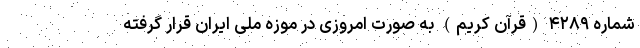
شماره ۴۲۸۹ (قرآن کریم) به صورت امروزی در موزه ملی ایران قرار گرفته